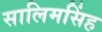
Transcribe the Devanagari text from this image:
सालिमसिंह